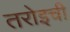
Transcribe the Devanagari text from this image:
तरोइची